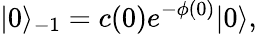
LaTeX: |0\rangle_{-1}=c(0)e^{-\phi(0)}|0\rangle,